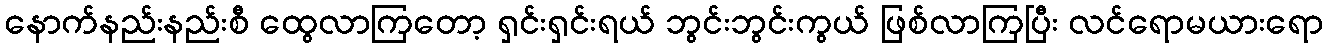
နောက်နည်းနည်းစီ ထွေလာကြတော့ ရှင်းရှင်းရယ် ဘွင်းဘွင်းကွယ် ဖြစ်လာကြပြီး လင်ရောမယားရော